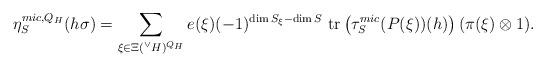
LaTeX: \begin{align*} \eta_{S}^{mic,Q_{H}}(h\sigma) = \sum_{\xi \in \Xi({^\vee}H)^{Q_{H}}} e(\xi)(-1)^{\dim S_{\xi} - \dim S }\ \mathrm{tr}\left( \tau_{S}^{mic}(P(\xi))(h)\right) (\pi(\xi) \otimes 1).\end{align*}